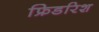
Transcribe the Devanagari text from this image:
फ्रिडरिश